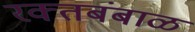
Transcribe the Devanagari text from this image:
रक्‍तबंबाळ